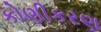
કોણીકરણ